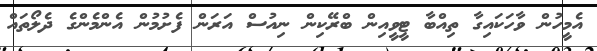
އެމީހުން ވާހަކައިގާ ތިއްބާ ޓީވީއިން ބްރޭކިން ނިއުސް އަރަން ފެށުމުން އެންމެންގެ ދެލޯތައް